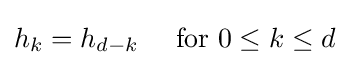
h_{k}=h_{d-k}\quad {\text{ for }}0\leq k\leq d